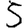
Digit: 5